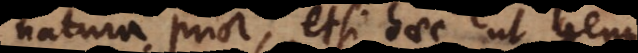
natura prior, etsi haec ut genus